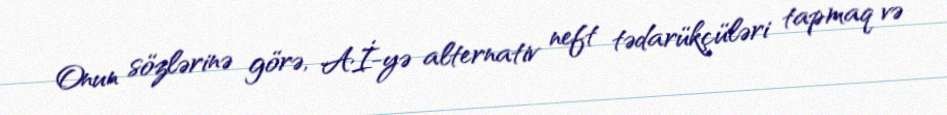
Onun sözlərinə görə, Aİ-yə alternativ neft tədarükçüləri tapmaq və